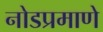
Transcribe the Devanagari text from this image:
नोडप्रमाणे